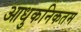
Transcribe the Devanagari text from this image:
आधुकनिकतम